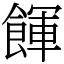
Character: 餫